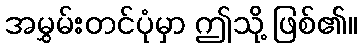
အမွှမ်းတင်ပုံမှာ ဤသို့ ဖြစ်၏။